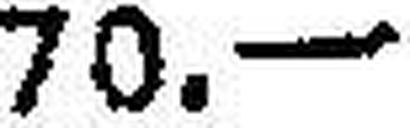
70.—